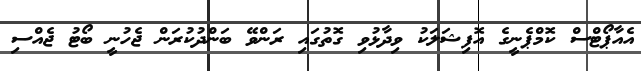
އެއާޕޯޓްސް ކޮމްޕެނީގެ އޮފިޝަލަކު ވިދާޅުވި ގޮތުގައި ރަންވޭ ބަންދުކުރަން ޖެހުނީ ބޯޓު ޖެއްސި